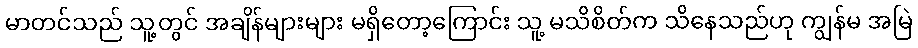
မာတင်သည် သူ့တွင် အချိန်များများ မရှိတော့ကြောင်း သူ့ မသိစိတ်က သိနေသည်ဟု ကျွန်မ အမြဲ